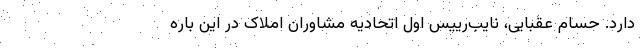
دارد. حسام عقبایی، نایب‌رییس اول اتحادیه مشاوران املاک در این باره